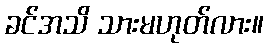
ခင်အသိ သားမဟုတ်လား။